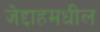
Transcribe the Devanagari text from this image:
जेद्दाहमधील